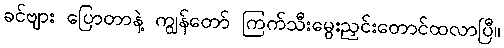
ခင်ဗျား ပြောတာနဲ့ ကျွန်တော် ကြက်သီးမွေးညှင်းတောင်ထလာပြီ။